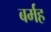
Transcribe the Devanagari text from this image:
बर्मह